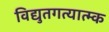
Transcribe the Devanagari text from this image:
विद्युतगत्यात्म्क